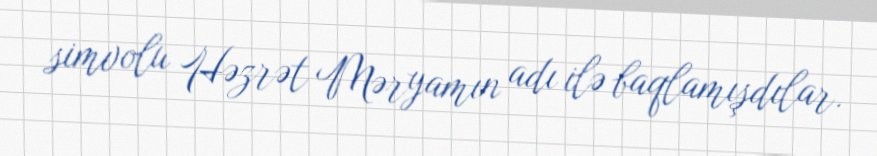
simvolu Həzrət Məryamın adı ilə baqlamışdılar.